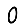
Digit: 0